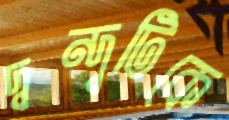
দ্বন্দ্বটিকে